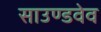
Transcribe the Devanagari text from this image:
साउण्डवेव